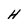
Character: H